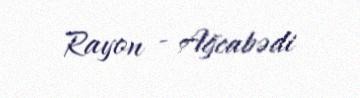
Rayon - Ağcabədi